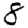
Digit: 8